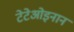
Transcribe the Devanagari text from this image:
टेटेओइनान